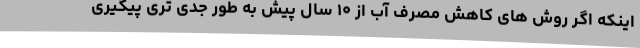
اینکه اگر روش های کاهش مصرف آب از ۱۰ سال پیش به طور جدی تری پیگیری